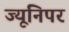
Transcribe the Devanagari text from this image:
ज्यूनिपर